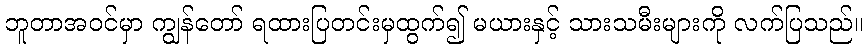
ဘူတာအဝင်မှာ ကျွန်တော် ရထားပြတင်းမှထွက်၍ မယားနှင့် သားသမီးများကို လက်ပြသည်။